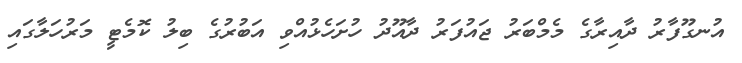
އުނގޫފާރު ދާއިރާގެ މެމްބަރު ޖައުފަރު ދާއޫދު ހުށަހެޅުއްވި އަބުރުގެ ބިލު ކޮމެޓީ މަރުހަލާގައި